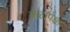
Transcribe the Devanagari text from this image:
वेळापेक्षा